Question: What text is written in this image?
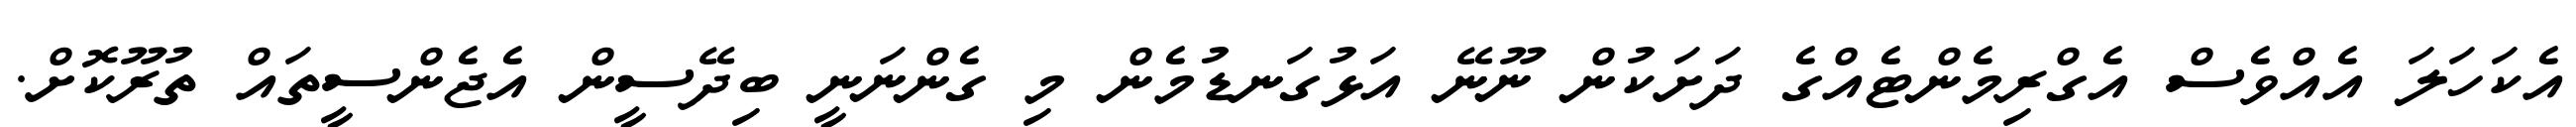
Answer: އެކަހަލަ އެއްވެސް އެގްރިމެންޓެއްގެ ދަށަކުން ނޫނޭ އަޅުގަނޑުމެން މި ގެންނަނީ ބިދޭސީން އެޖެންސީތައް ތުރޫކޮށް.